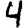
Digit: 4